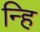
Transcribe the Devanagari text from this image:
न्हि